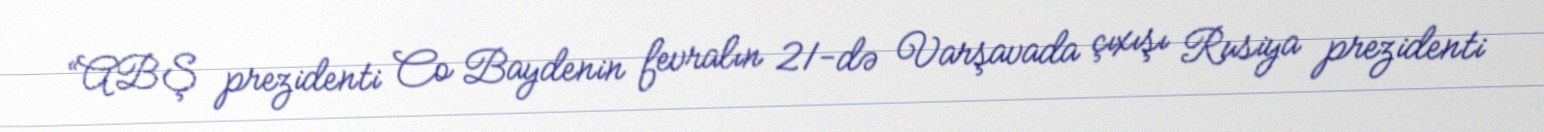
“ABŞ prezidenti Co Baydenin fevralın 21-də Varşavada çıxışı Rusiya prezidenti